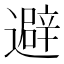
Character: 避